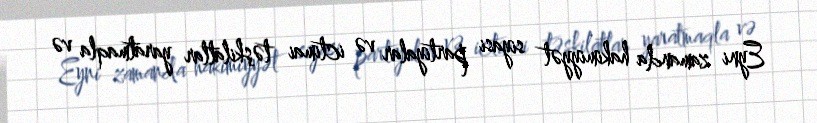
Eyni zamanda hakimiyyət siyasi partiyalar və ictimai təşkilatlar yaratmaqla və